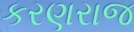
કરણરાજ